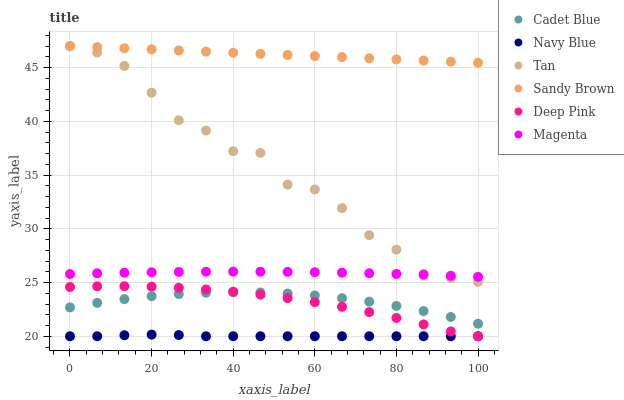
| xaxis_label | Cadet Blue | Navy Blue | Tan | Sandy Brown | Deep Pink | Magenta |
 | --- | --- | --- | --- | --- | --- | --- |
 | 0 | 22.7 | 20 | 47 | 47 | 24.6 | 25.8 |
 | 6.67 | 23.1 | 20 | 46.4 | 46.9 | 24.6 | 25.9 |
 | 13.3 | 23.5 | 20.1 | 45.1 | 46.8 | 24.7 | 25.9 |
 | 20 | 23.7 | 20.2 | 42.7 | 46.7 | 24.6 | 26 |
 | 26.7 | 23.9 | 20.1 | 40.1 | 46.6 | 24.5 | 26 |
 | 33.3 | 24.1 | 20 | 39.1 | 46.5 | 24.4 | 26 |
 | 40 | 24.1 | 20 | 37.2 | 46.4 | 24.1 | 26 |
 | 46.7 | 24.1 | 20 | 37.1 | 46.3 | 23.9 | 26 |
 | 53.3 | 24 | 20 | 34.1 | 46.2 | 23.6 | 26 |
 | 60 | 23.8 | 20 | 33.7 | 46.1 | 23.2 | 26 |
 | 66.7 | 23.5 | 20 | 31.9 | 46 | 22.7 | 25.9 |
 | 73.3 | 23.2 | 20 | 29.4 | 45.9 | 22.2 | 25.9 |
 | 80 | 22.8 | 20 | 28.1 | 45.8 | 21.7 | 25.8 |
 | 86.7 | 22.3 | 20 | 25.8 | 45.7 | 21.1 | 25.7 |
 | 93.3 | 21.8 | 20 | 25.4 | 45.5 | 20.4 | 25.6 |
 | 100 | 21.2 | 20 | 25.1 | 45.4 | 20 | 25.5 |